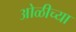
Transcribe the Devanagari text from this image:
ओळीच्या